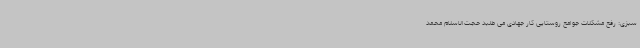
سبزی: رفع مشکلات جوامع روستایی کار جهادی می طلبد حجت‌الاسلام محمد